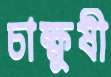
চাক্ষুষী